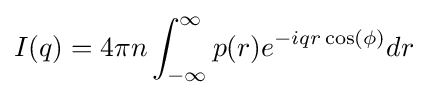
I(q)=4\pi n\int _{-\infty }^{\infty }p(r)e^{-iqr\cos(\phi )}dr